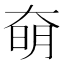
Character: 奛